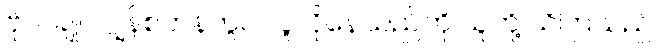
ဗိုလ်ချုပ် ဂျွန်စတန်တွင် လူလိုနေသည်ကို သူတို့ သိကြသည်။